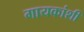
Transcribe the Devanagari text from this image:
गायकांशी